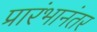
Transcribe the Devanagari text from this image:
प्रारंभानंतर